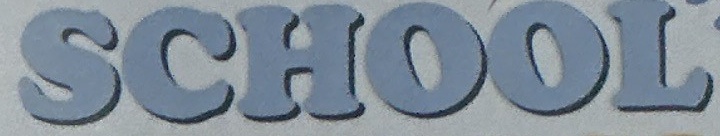
SCHOOL